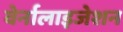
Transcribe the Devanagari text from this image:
वेर्नालाइजेशन